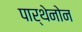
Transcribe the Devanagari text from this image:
पार्थेनोन